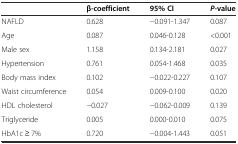
<table><thead><tr><td></td><td><b>β-coefficient</b></td><td><b>95% CI</b></td><td><b><i>P</i>-value</b></td></tr></thead><tbody><tr><td>NAFLD</td><td>0.628</td><td>−0.091-1.347</td><td>0.087</td></tr><tr><td>Age</td><td>0.087</td><td>0.046-0.128</td><td>&lt;0.001</td></tr><tr><td>Male sex</td><td>1.158</td><td>0.134-2.181</td><td>0.027</td></tr><tr><td>Hypertension</td><td>0.761</td><td>0.054-1.468</td><td>0.035</td></tr><tr><td>Body mass index</td><td>0.102</td><td>−0.022-0.227</td><td>0.107</td></tr><tr><td>Waist circumference</td><td>0.054</td><td>0.009-0.100</td><td>0.020</td></tr><tr><td>HDL cholesterol</td><td>−0.027</td><td>−0.062-0.009</td><td>0.139</td></tr><tr><td>Triglyceride</td><td>0.005</td><td>0.000-0.010</td><td>0.075</td></tr><tr><td>HbA1c ≥ 7%</td><td>0.720</td><td>−0.004-1.443</td><td>0.051</td></tr></tbody></table>